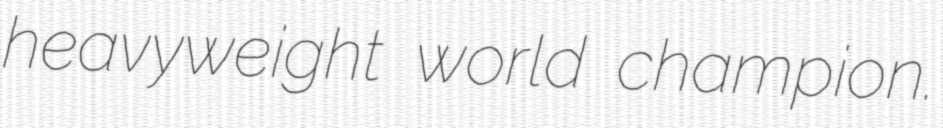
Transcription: heavyweight world champion.